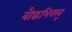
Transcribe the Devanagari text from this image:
बौद्धभिक्खू